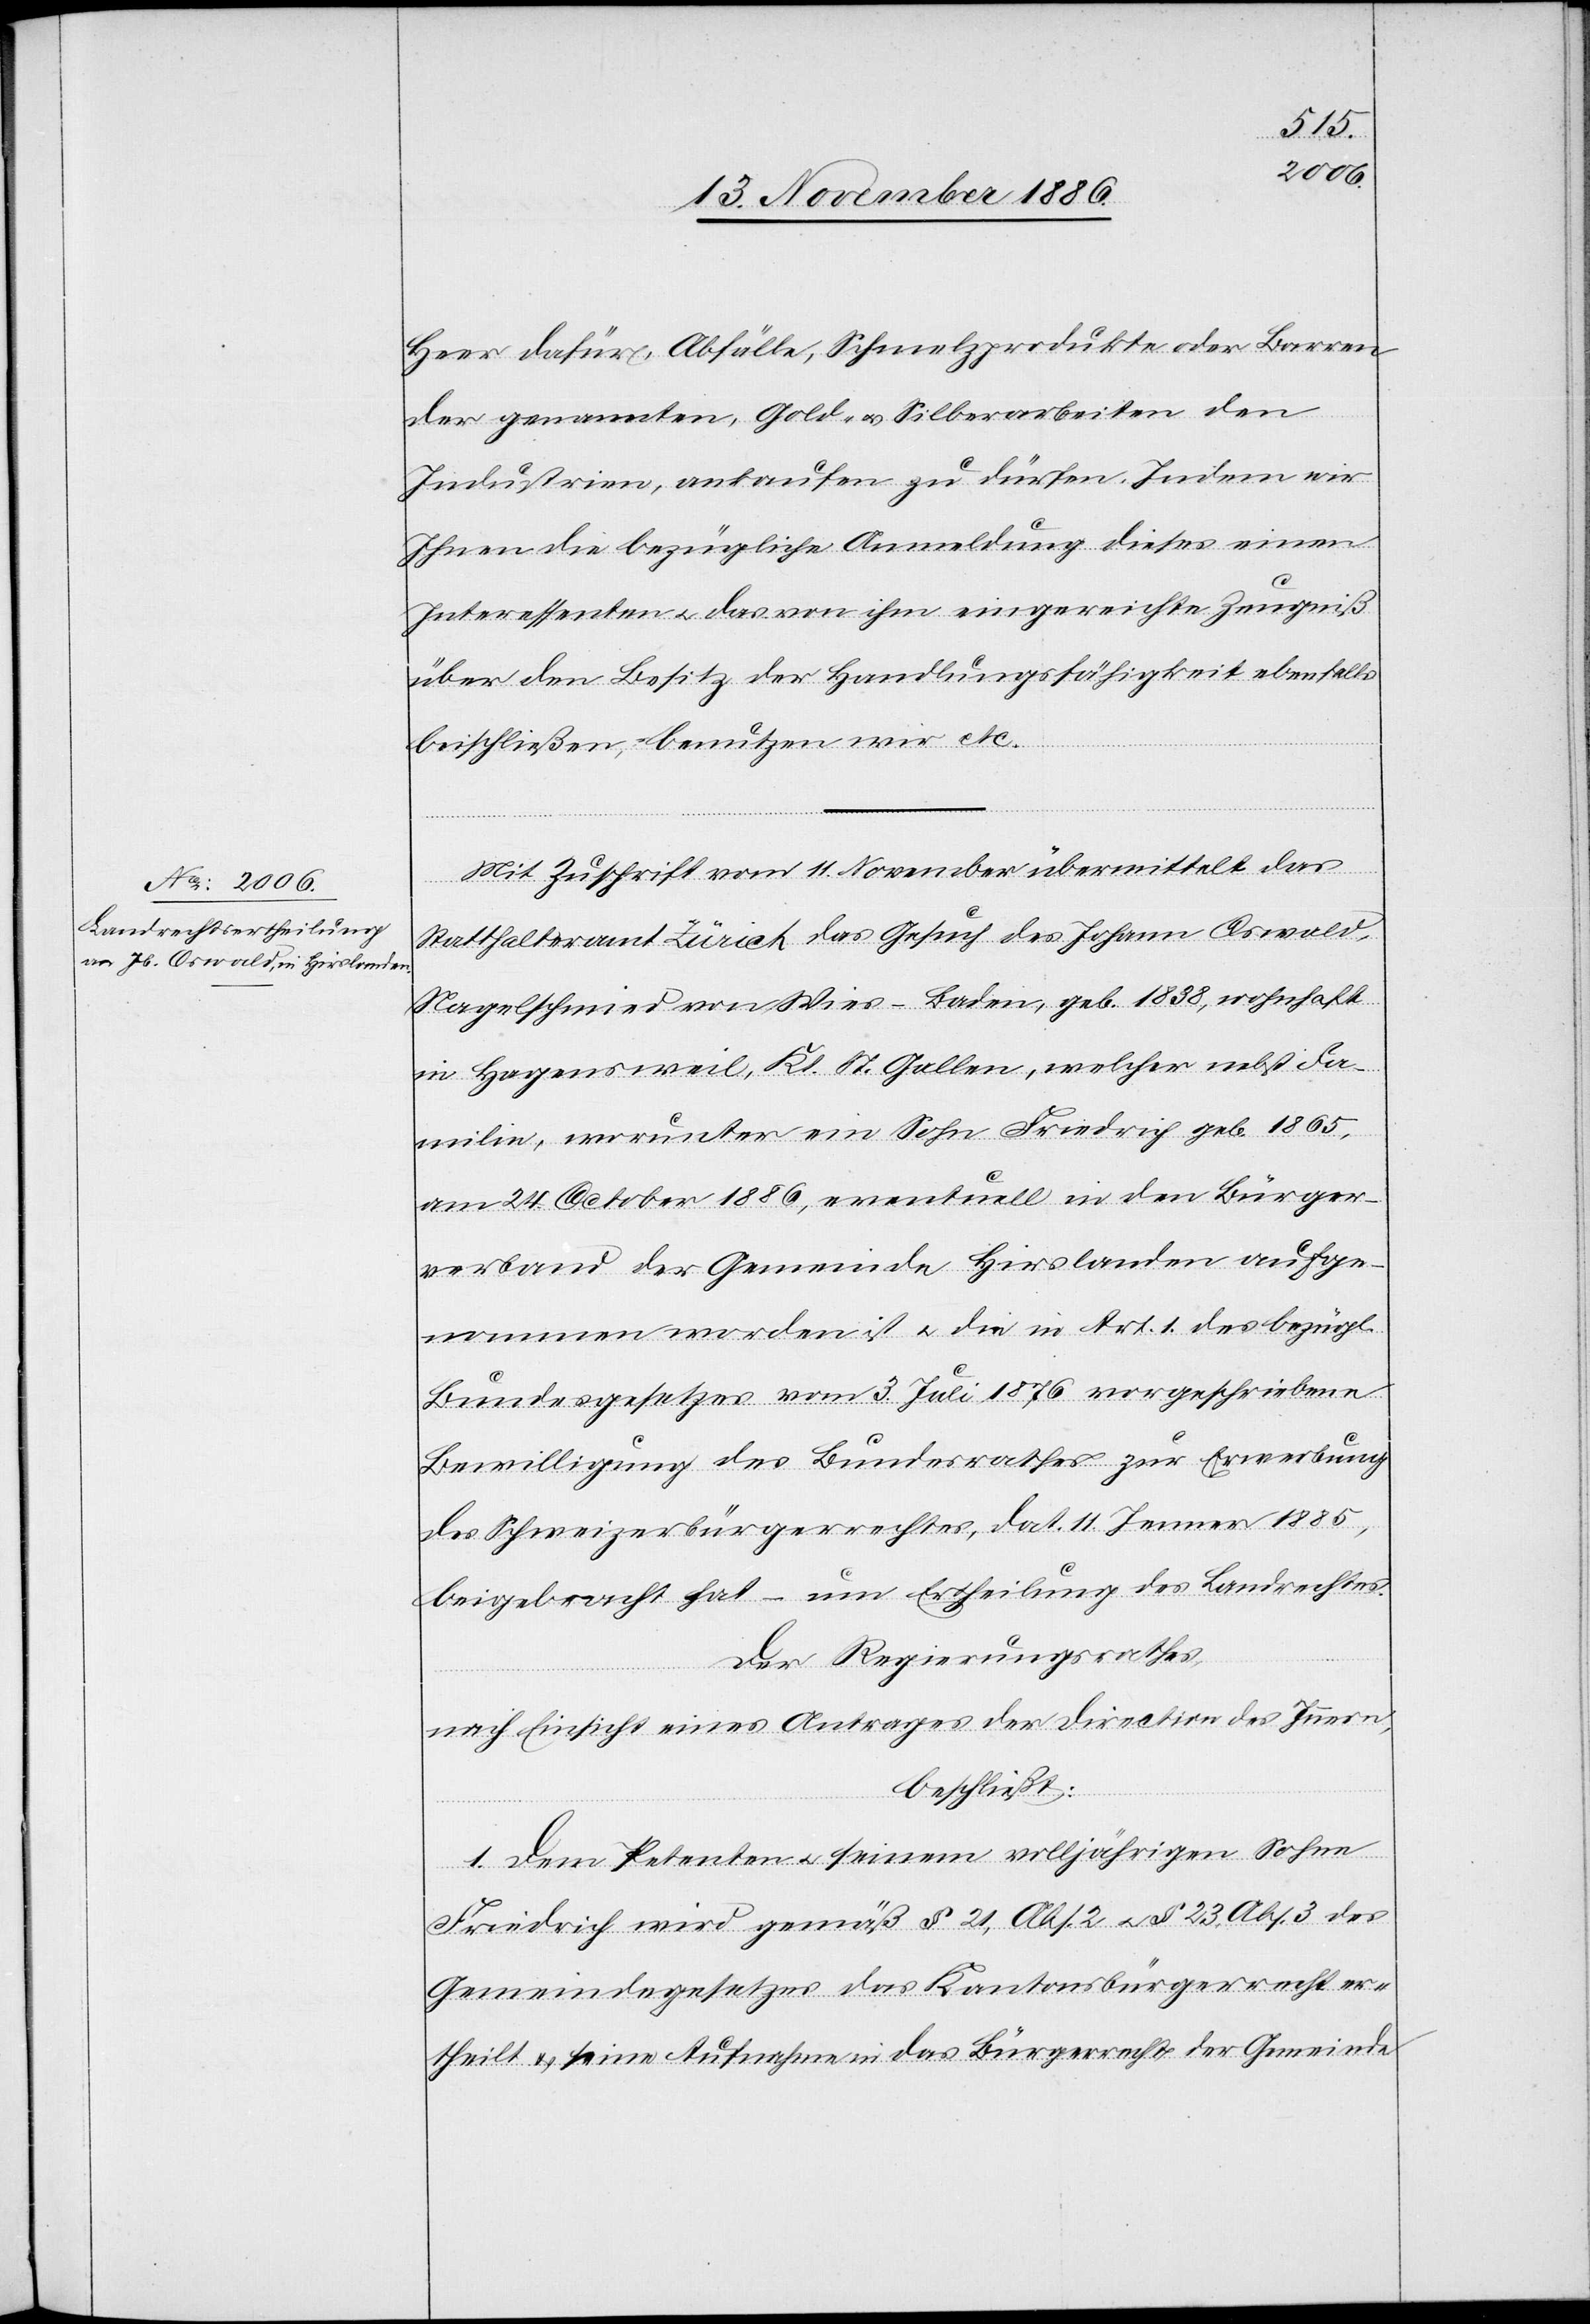
Heer dafür, Abfälle, Schmelzprodukte oder Barren
der genannten, Gold- & Silberarbeiten den
Industrien, ankaufen zu dürfen [sic!]. Indem wir
Ihnen die bezügliche Anmeldung dieses einen
Interessenten & das von ihm eingereichte Zeugniß
über den Besitz der Handlungsfähigkeit ebenfalls
beischließen, benutzen wir etc.
Mit Zuschrift vom 11. November übermittelt das
Statthalteramt Zürich das Gesuch des Johann [sic!]
Nagelschmied von Wies - Baden [sic!], geb. 1838, wohnhaft
in Hagensweil, Kt. St. Gallen, welcher nebst Fa¬
milie, worunter ein Sohn Friedrich geb. 1865,
am 24. October 1886, eventuell in den Bürger¬
verband der Gemeinde Hirslanden aufge¬
nommen worden ist & die in Art. 1. des bezügl.
Bundesgesetzes vom 3. Juli 1876 vorgeschriebene
Bewilligung des Bundesrathes zur Erwerbung
des Schweizerbürgerrechtes, dat. 11. Jenner 1885,
beigebracht hat – um Ertheilung des Landrechtes.
Der Regierungsrath,
nach Einsicht eines Antrages der Direction des Innern,
beschließt:
1. Dem Petenten & seinem volljährigen Sohne
Friedrich wird gemäß § 21, Abs. 2 & § 23, Abs. 3 des
Gemeindegesetzes das Kantonsbürgerrecht er¬
theilt & seine Aufnahme in das Bürgerrecht der Gemeinde